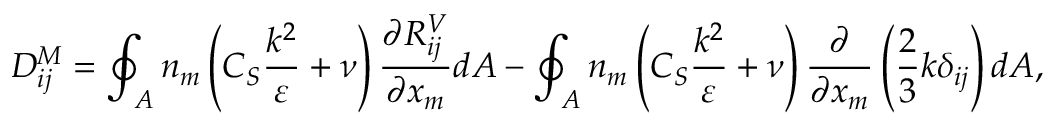
D _ { i j } ^ { M } = \oint _ { A } n _ { m } \left( C _ { S } \frac { k ^ { 2 } } { \varepsilon } + \nu \right) \frac { \partial R _ { i j } ^ { V } } { \partial x _ { m } } d A - \oint _ { A } n _ { m } \left( C _ { S } \frac { k ^ { 2 } } { \varepsilon } + \nu \right) \frac { \partial } { \partial x _ { m } } \left( \frac { 2 } { 3 } k \delta _ { i j } \right) d A ,